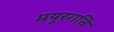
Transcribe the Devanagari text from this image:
मयूरगति